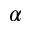
\alpha